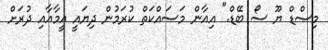
މިސްޑް ޔޫ ސޯ ބޭޑް." އިއާން މަސައްކަތް ކުރަމުން ދިޔައީ އީމާއާއި ދުރަށް